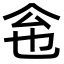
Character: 𠇜